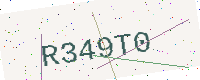
Text: R349T0